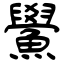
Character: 鱟